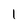
Character: 1